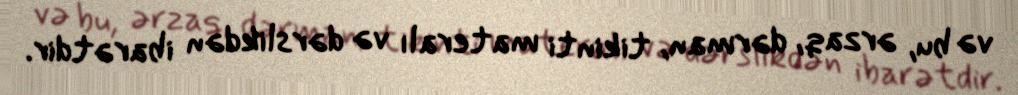
və bu, ərzaq, dərman, tikinti materalı və dərslikdən ibarətdir.